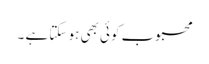
محبوب کوئی بھی ہو سکتا ہے ۔